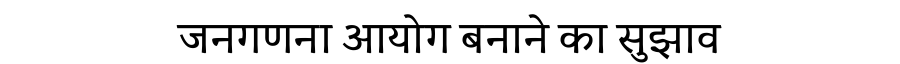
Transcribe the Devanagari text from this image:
जनगणना आयोग बनाने का सुझाव